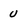
Character: u